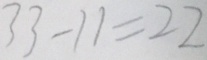
3 3 - 1 1 = 2 2